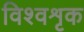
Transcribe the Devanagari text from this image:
विश्वशृक